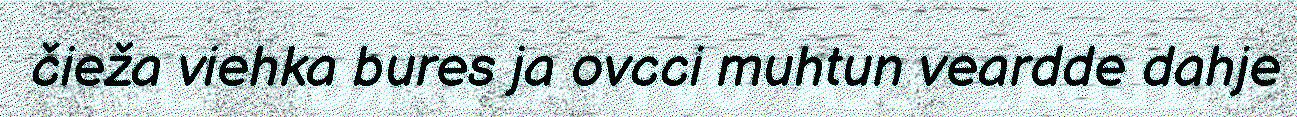
čieža viehka bures ja ovcci muhtun veardde dahje